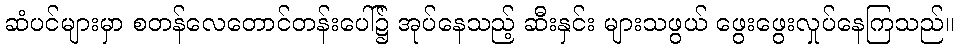
ဆံပင်များမှာ စတန်လေတောင်တန်းပေါ်၌ အုပ်နေသည့် ဆီးနှင်း များသဖွယ် ဖွေးဖွေးလှုပ်နေကြသည်။